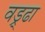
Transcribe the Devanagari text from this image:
वड्र्ढा